Annual report on the working of the mental hospitals in the Madras Presidency - 1912-1932
Year: 1912
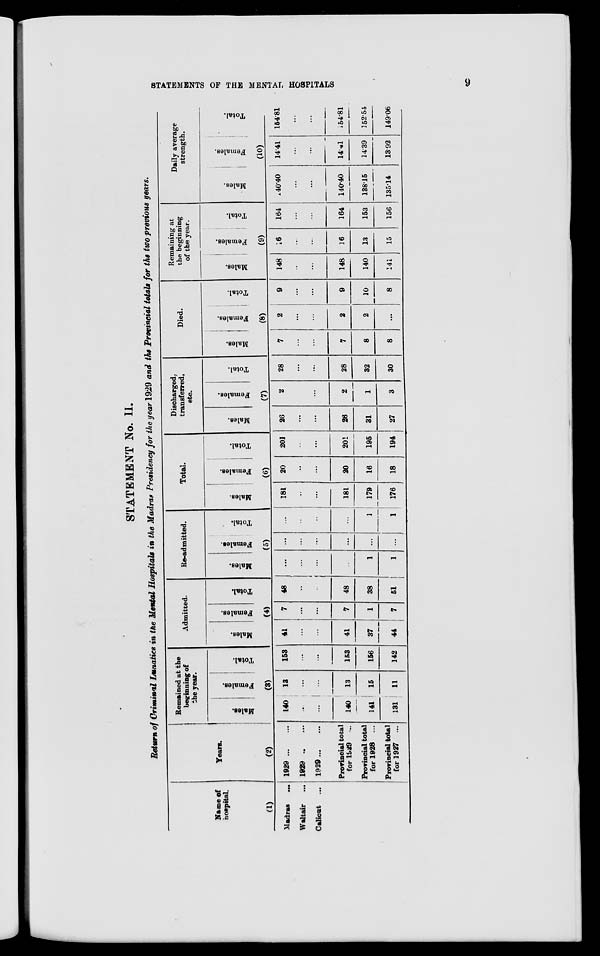
STATEMENTS OF THE MENTAL HOSPITALS
9
STATEMENT No. II.
Return of Criminal Lunatics in the Mental Hospitals in the Madras Presidency for the year 1929 and the Provincial totals for the two previous years.
Name of
hospital.
(1)
Madras
...
Waltair
...
Calicut ...
Years.
(2)
1929 ... ...
1929
...
...
1929
...
...
Provincial total
for 1929 ...
Provincial total
for 1928 ...
Provincial total
for 1927 ...
Remained at the
beginning of
the year.
Males.
Females.
Total.
(3)
140
...
...
140
141
131
13
...
...
13
15
11
153
...
...
153
156
142
Admitted.
Males.
Females.
Total.
(4)
41
...
...
41
37
44
7
...
...
7
1
7
48
...
...
48
38
51
Re-admitted.
Males.
Females.
Total.
(5)
...
...
...
...
1
1
...
...
...
...
...
...
...
...
...
...
1
1
Total.
Males.
Females.
Total.
(6)
181
...
...
181
179
176
20
...
...
20
16
18
201
...
...
201
195
194
Discharged,
transferred,
etc.
Males.
Females.
Total.
(7)
26
...
...
26
31
27
2
...
...
2
1
3
28
...
...
28
32
30
Died.
Males.
Females.
Total.
(8)
7
...
...
7
8
8
2
...
...
2
2
...
9
...
...
9
10
8
Remaining at
the beginning
of the year.
Males.
Females.
Total.
(9)
148
...
...
148
140
141
16
...
...
16
13
15
164
...
...
164
153
156
Daily average
strength.
Males.
Females.
Total.
(10)
140.40
...
...
140.40
138.15
135.14
14.41
...
...
14.41
14.39
13.92
154.81
...
...
154.81
152.54
149.06